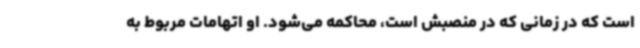
است که در زمانی که در منصبش است، محاکمه می‌شود. او اتهامات مربوط به